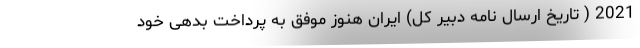
2021 ( تاریخ ارسال نامه دبیر کل) ایران هنوز موفق به پرداخت بدهی خود